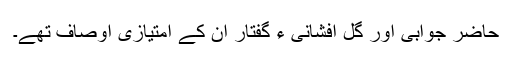
حاضر جوابی اور گل افشانی ء گفتار ان کے امتیازی اوصاف تھے۔